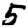
Digit: 5